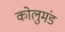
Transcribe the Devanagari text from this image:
कोलुमंड